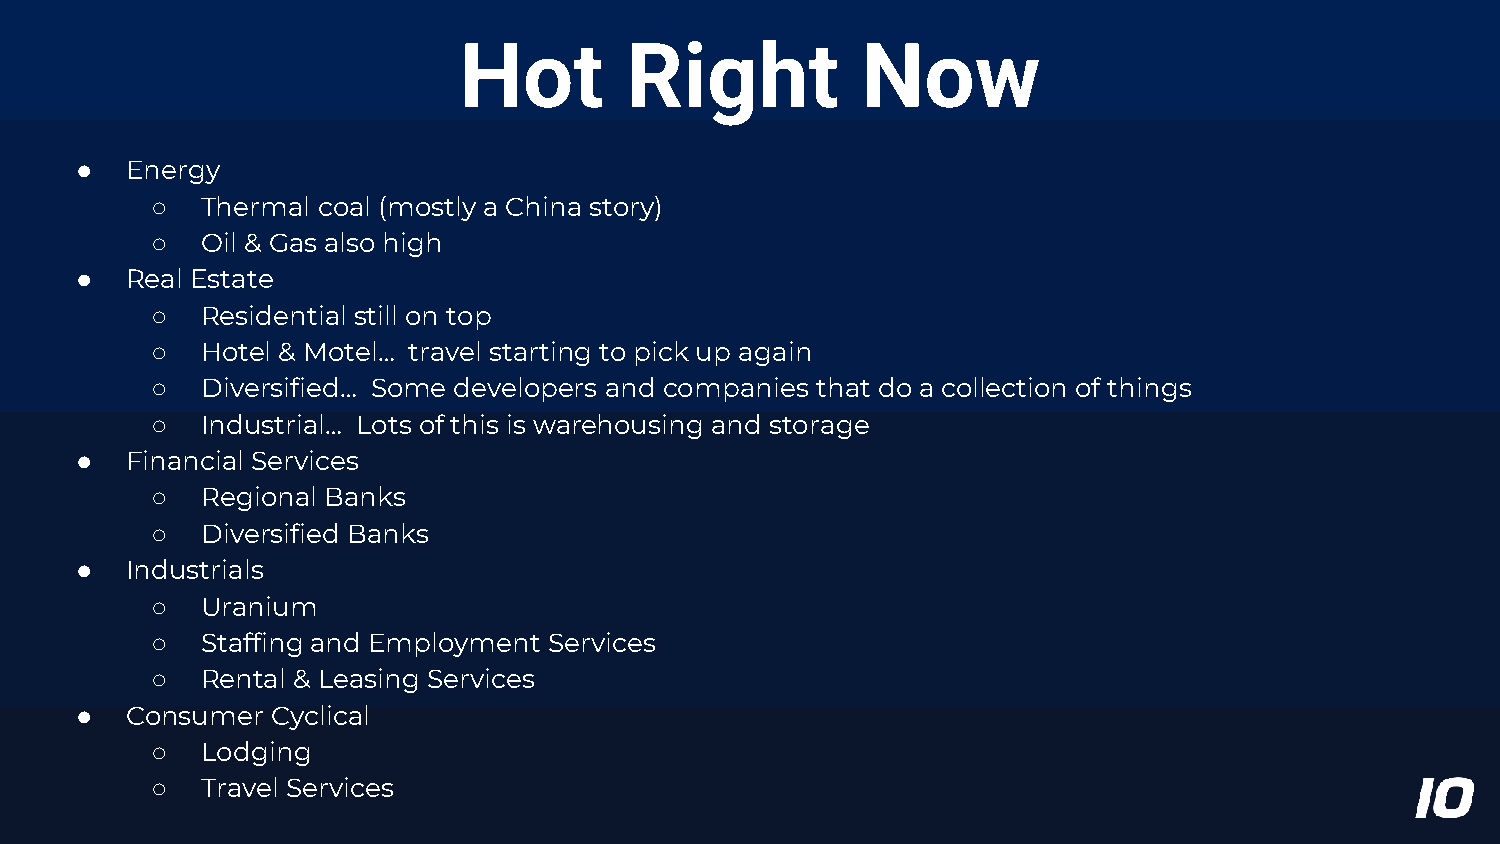
Hot        Right           Now
 ●  Energy
 ○  Thermal coal (mostly a China story)
 ○  Oil & Gas also high
 ●  Real Estate
 ○  Residential still on top
 ○  Hotel & Motel… travel starting to pick up again
 ○  Diversified… Some developers and companies that do a collection of things
 ○  Industrial… Lots of this is warehousing and storage
 ●  Financial Services
 ○  Regional Banks
 ○  Diversified Banks
 ●  Industrials
 ○  Uranium
 ○  Staffing and Employment Services
 ○  Rental & Leasing Services
 ●  Consumer  Cyclical
 ○  Lodging
 ○  Travel Services